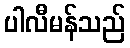
ပါလီမန်သည်